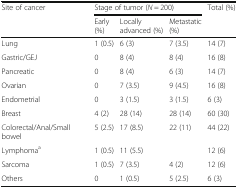
| <ROWSPAN=2> Site of cancer | <COLSPAN=3> Stage of tumor (N = 200) | <ROWSPAN=2> Total (%) |
 | Early (%) | Locally advanced (%) | Metastatic (%) |
 | --- | --- | --- | --- | --- |
 | Lung | 1 (0.5) | 6 (3) | 7 (3.5) | 14 (7) |
 | Gastric/GEJ | 0 | 8 (4) | 8 (4) | 16 (8) |
 | Pancreatic | 0 | 8 (4) | 6 (3) | 14 (7) |
 | Ovarian | 0 | 7 (3.5) | 9 (4.5) | 16 (8) |
 | Endometrial | 0 | 3 (1.5) | 3 (1.5) | 6 (3) |
 | Breast | 4 (2) | 28 (14) | 28 (14) | 60 (30) |
 | Colorectal/Anal/Small bowel | 5 (2.5) | 17 (8.5) | 22 (11) | 44 (22) |
 | Lymphomaa | 1 (0.5) | <COLSPAN=2> 11 (5.5) | 12 (6) |
 | Sarcoma | 1 (0.5) | 7 (3.5) | 4 (2) | 12 (6) |
 | Others | 0 | 1 (0.5) | 5 (2.5) | 6 (3) |